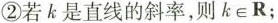
②若k是直线的斜率，则k∈R；